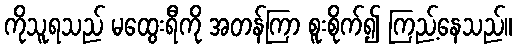
ကိုသူရသည် မထွေးရီကို အတန်ကြာ စူးစိုက်၍ ကြည့်နေသည်။